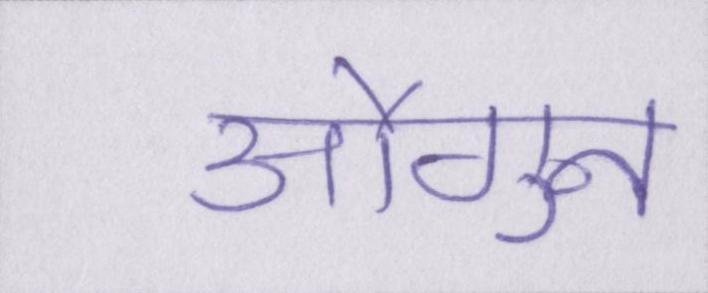
औगुन